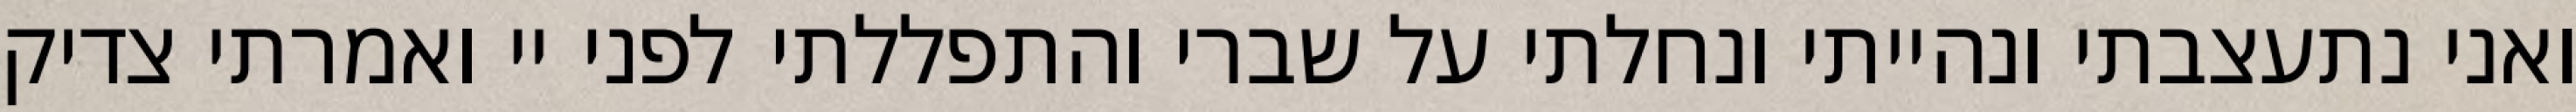
ואני נתעצבתי ונהייתי ונחלתי על שברי והתפללתי לפני יי ואמרתי צדיק